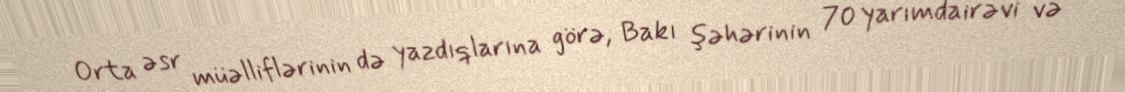
Orta əsr müəlliflərinin də yazdıqlarına görə, Bakı şəhərinin 70 yarımdairəvi və